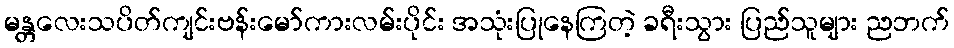
မန္တလေးသပိတ်ကျင်းဗန်းမော်ကားလမ်းပိုင်း အသုံးပြုနေကြတဲ့ ခရီးသွား ပြည်သူများ ညဘက်